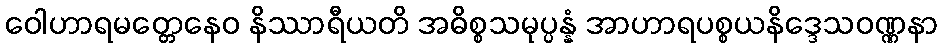
ဝေါဟာရမတ္တေနေဝ နိဿာရီယတိ အဓိစ္စသမုပ္ပန္နံ အာဟာရပစ္စယနိဒ္ဒေသဝဏ္ဏနာ